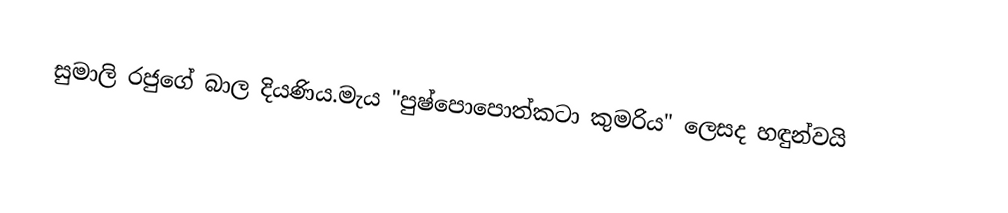
සුමාලි රජුගේ බාල දියණිය.මැය "පුෂ්පොපොත්කටා කුමරිය" ලෙසද හඳුන්වයි